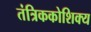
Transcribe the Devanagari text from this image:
तंत्रिककोशिक्य